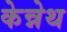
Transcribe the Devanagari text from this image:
केन्नेथ